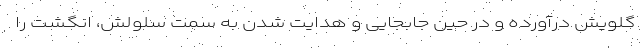
گلویش درآورده و در حین جابجایی و هدایت شدن به سمت سلولش، انگشت را